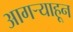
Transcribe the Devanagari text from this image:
आगऱ्याहून